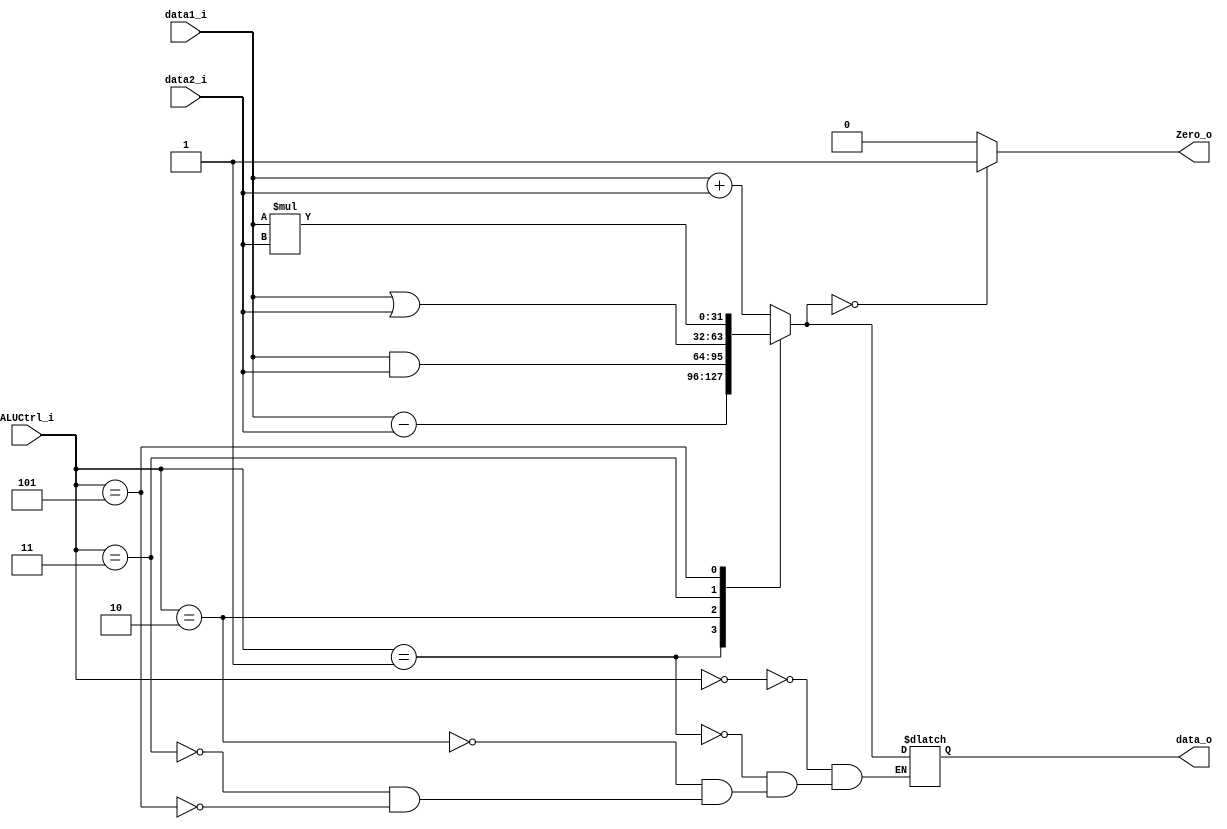
module ALU(
	data1_i,
	data2_i,
	ALUCtrl_i,
	data_o,
	Zero_o
);

`define ADD 3'b000
`define SUB 3'b001
`define AND 3'b010
`define OR  3'b011
`define MUL 3'b101

input [31:0] data1_i;
input [31:0] data2_i;
input [2:0] ALUCtrl_i;
output reg [31:0] data_o;
output reg Zero_o;

always@(*)begin
	case(ALUCtrl_i)
		`ADD: begin
			data_o = data1_i + data2_i;
		end
		`SUB: begin
			data_o = data1_i - data2_i;
		end
		`AND: begin
			data_o = data1_i & data2_i;
		end
		`OR: begin
			data_o = data1_i | data2_i;
		end
		`MUL: begin
			data_o = data1_i * data2_i;
		end
	endcase
	Zero_o = (data_o == 32'b0)? 1:0;
end


endmodule